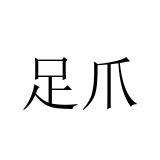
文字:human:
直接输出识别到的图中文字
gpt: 足爪